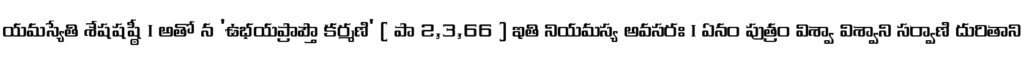
యమస్యేతి శేషషష్ఠీ । అతో న 'ఉభయప్రాప్తౌ కర్మణి' ( పా 2,3,66 ) ఇతి నియమస్య అవసరః । ఏనం పుత్రం విశ్వా విశ్వాని సర్వాణి దురితాని